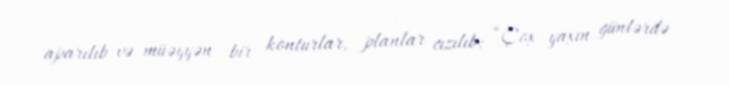
aparılıb və müəyyən bir konturlar, planlar cızılıb: “Çox yaxın günlərdə